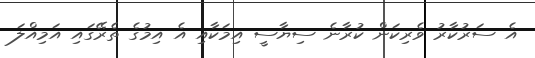
އެ ސަރުކާރު ވެރިކަން ކުރާނެ ސިޔާސީ އިމަކާއި އެ އިމުގެ ތެރޭގައި އަމިއްލަ